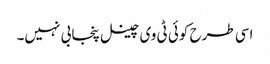
اسی طرح کوئی ٹی وی چینل پنجابی نہیں۔